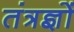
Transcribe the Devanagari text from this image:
तंत्रज्ञों